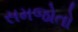
સમજોતો